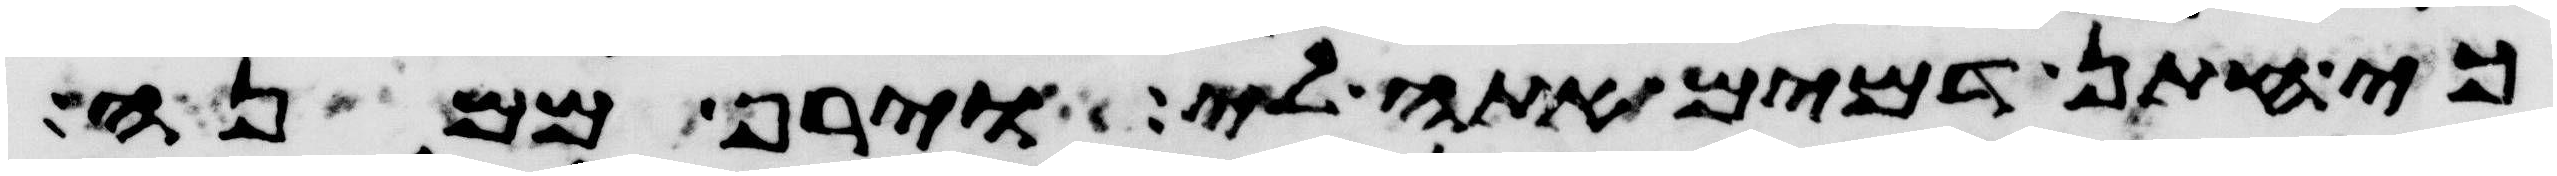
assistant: כי חתן דמים אתה לי וירף ממנה